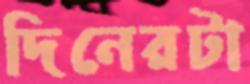
দিনেরটা